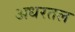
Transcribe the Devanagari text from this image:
अधरतल